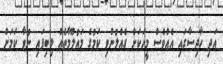
އަދި ހާދިސާގައި އެއްވެސް މީހަކަށް ގެއްލުންވި ކަމުގެ މައުލޫމާތެއް ލިބިފައި ނުވާ ކަމަށް